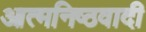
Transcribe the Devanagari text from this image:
आत्मनिष्ठवादी